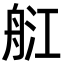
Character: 䑭